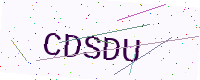
Text: CDSDU